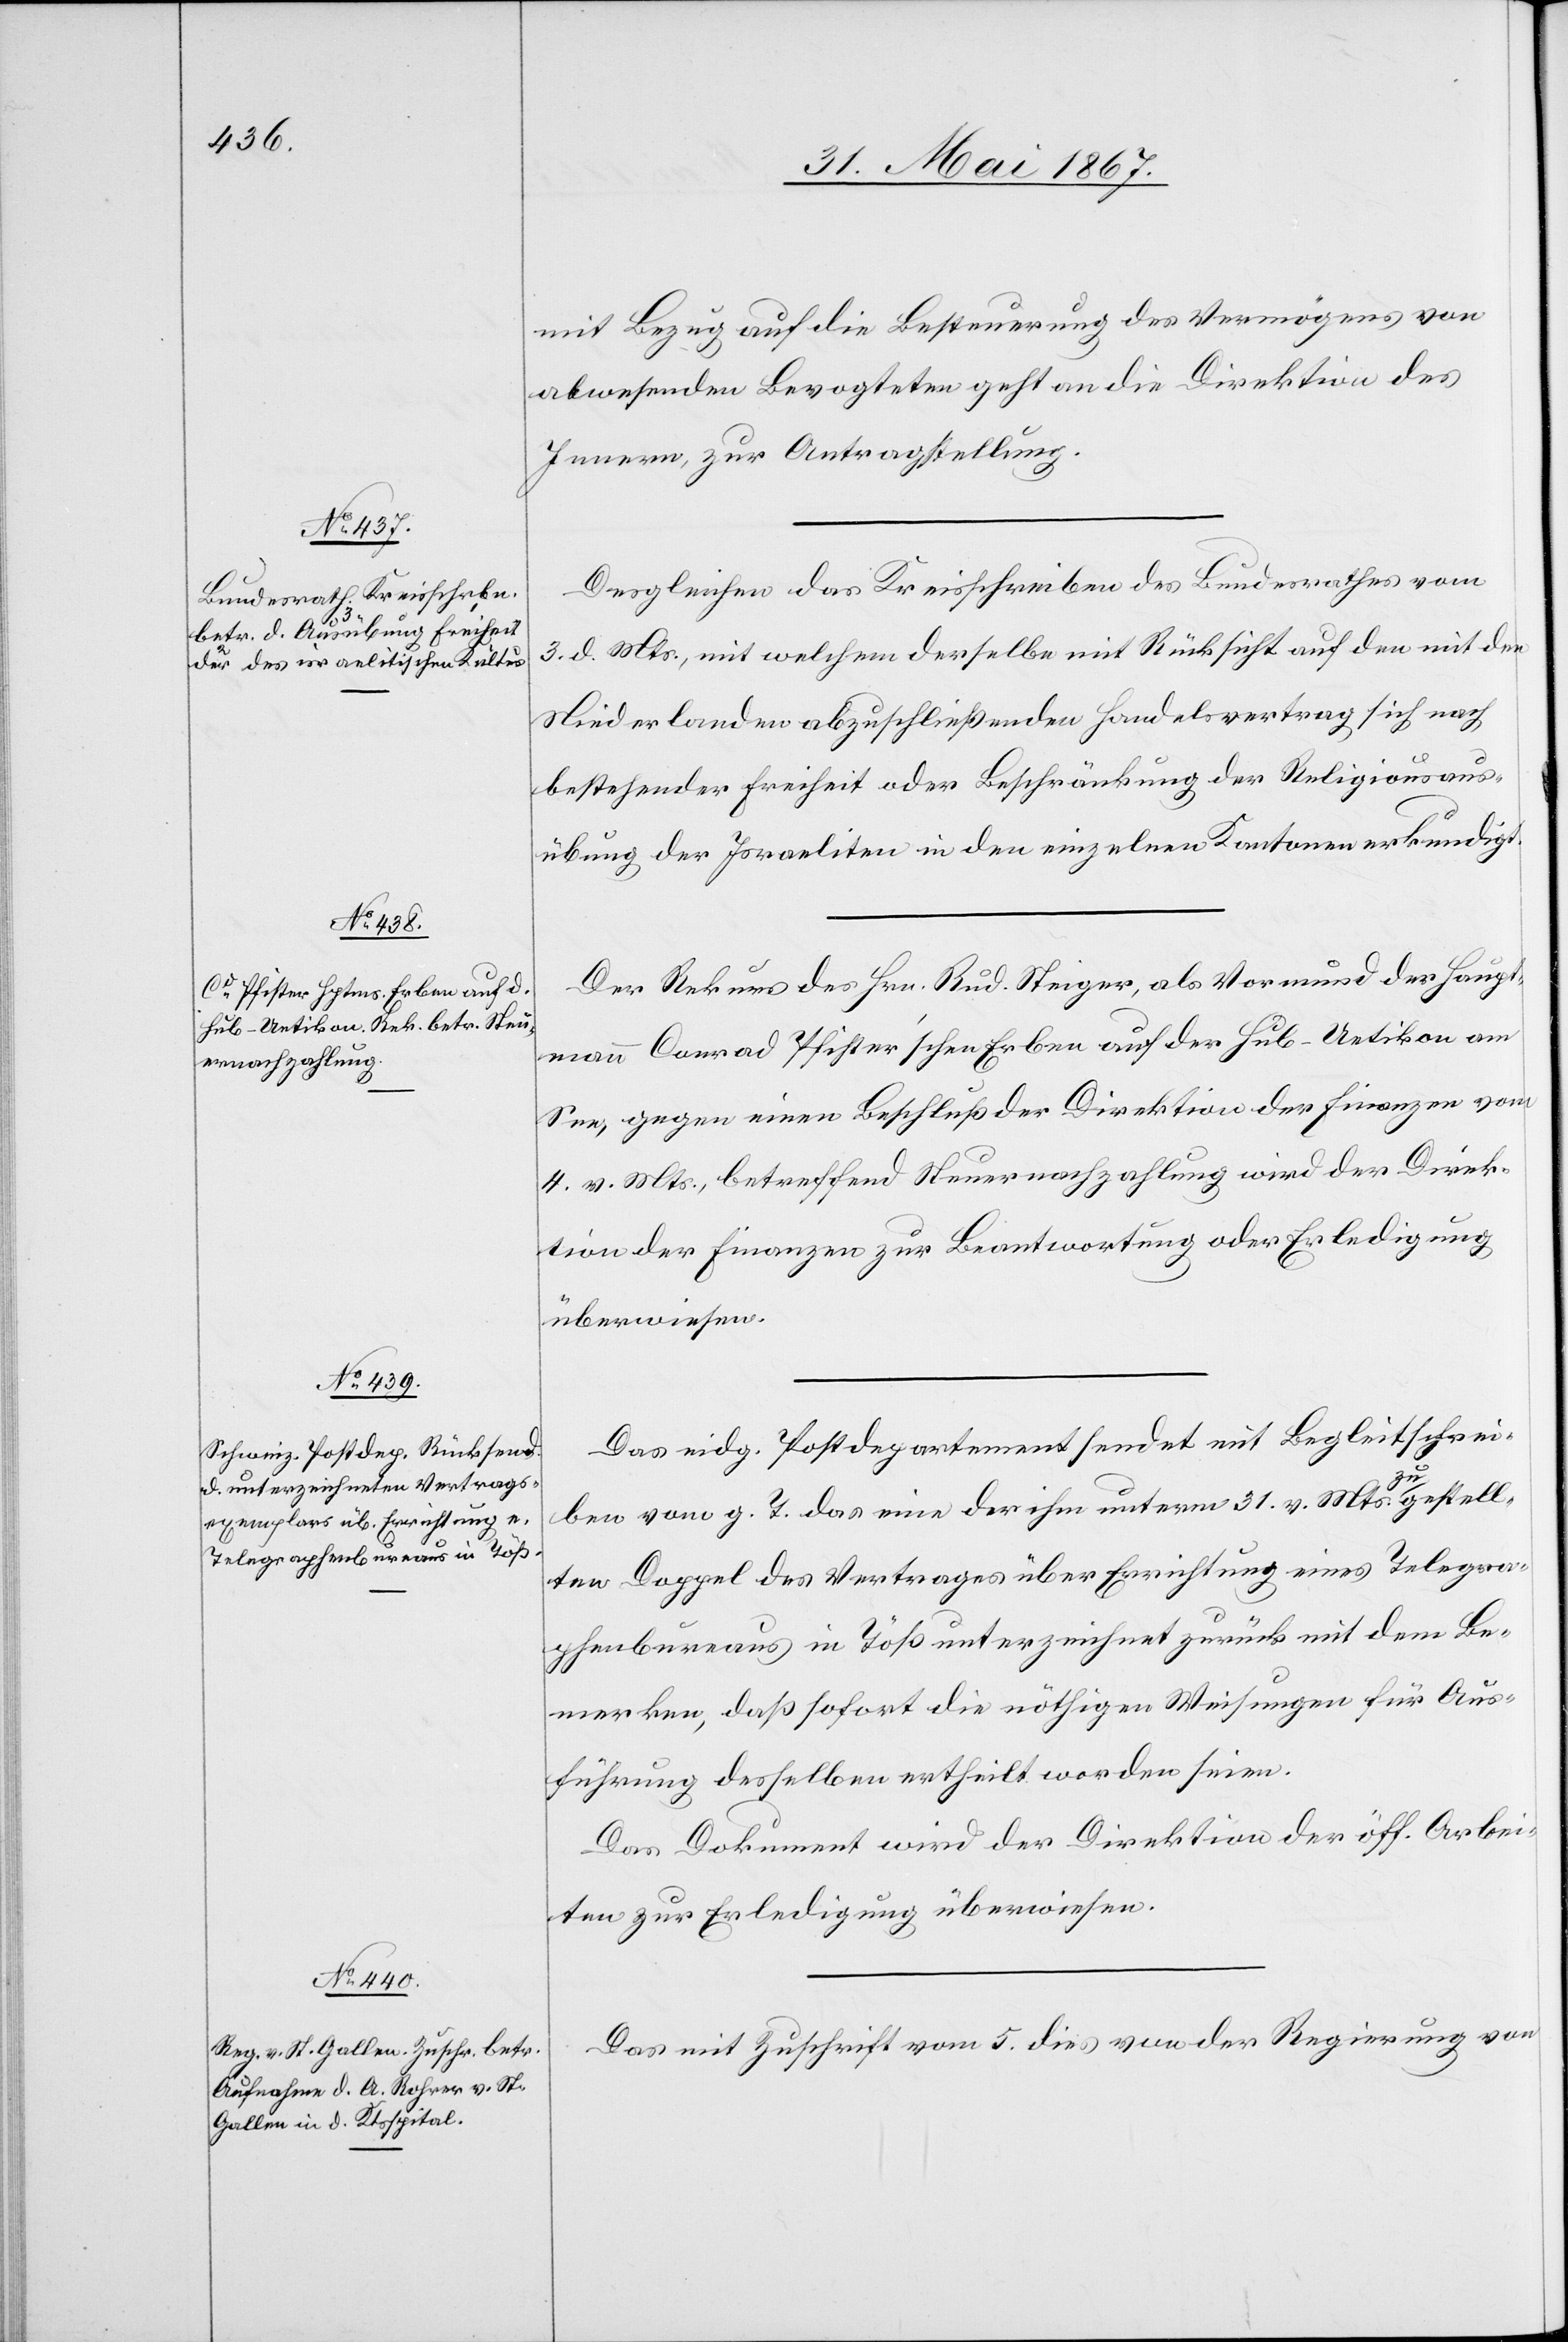
mit Bezug auf die Besteuerung des Vermögens von
abwesenden Bevogteten geht an die Direktion des
Innern zur Antragstellung.
Desgleichen das Kreisschreiben des Bundesrathes vom
3. d. Mts., mit welchem derselbe mit Rücksicht auf den mit den
Niederlanden abzuschließenden Handelsvertrag sich nach
bestehender Freiheit oder Beschränkung der Religionsaus¬
übung der Israeliten in den einzelnen Kantonen erkundigt.
Der Rekurs des Hrn. Rud. Steiger, als Vormund der Haupt¬
mann Conrad Pfister’schen Erben auf der Hub-Uetikon am
See, gegen einen Beschluß der Direktion der Finanzen vom
4. v. Mts., betreffend Steuernachzahlung wird der Direk¬
tion der Finanzen zur Beantwortung oder Erledigung
überwiesen.
Das eidg. Postdepartement sendet mit Begleitschrei¬
ben vom g. T. das eine der ihm unterm 31. v. Mts. zugestell¬
ten Doppel des Vertrages über Errichtung eines Telegra¬
phenbureaus in Töß unterzeichnet zurück mit dem Be¬
merken, daß sofort die nöthigen Weisungen für Aus¬
führung desselben ertheilt worden seien.
Das Dokument wird der Direktion der öff. Arbei¬
ten zur Erledigung überwiesen.
Das mit Zuschrift vom 5. dies von der Regierung von